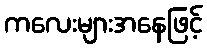
ကလေးများအနေဖြင့်